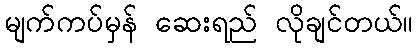
မျက်ကပ်မှန် ဆေးရည် လိုချင်တယ်။